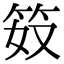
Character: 笯